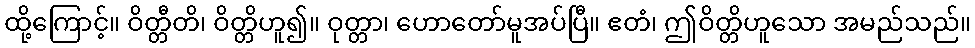
ထို့ကြောင့်။ ဝိတ္တီတိ၊ ဝိတ္တိဟူ၍။ ဝုတ္တာ၊ ဟောတော်မူအပ်ပြီ။ ဧတံ၊ ဤဝိတ္တိဟူသော အမည်သည်။